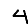
Digit: 4